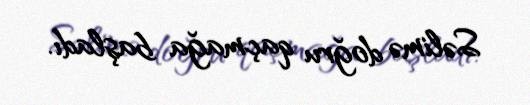
Səlimə doğru qaçmağa başladı.